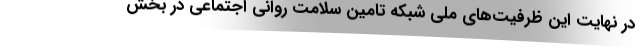
در نهایت این ظرفیت‌های ملی شبکه تامین سلامت روانی اجتماعی در بخش